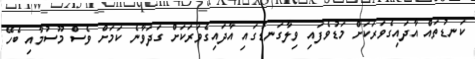
ކަނޑުތައް އާދައިގެވަރަކަށް މަޑުވެފައި ވިލާގަނޑުގައި އާދައިގެވަރަކަށް ގަދަވާނެ ކަމަށް ވެސް މޫސުމާއި ބެހޭ